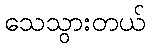
သေသွားတယ်